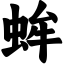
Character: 蛑